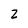
Character: z